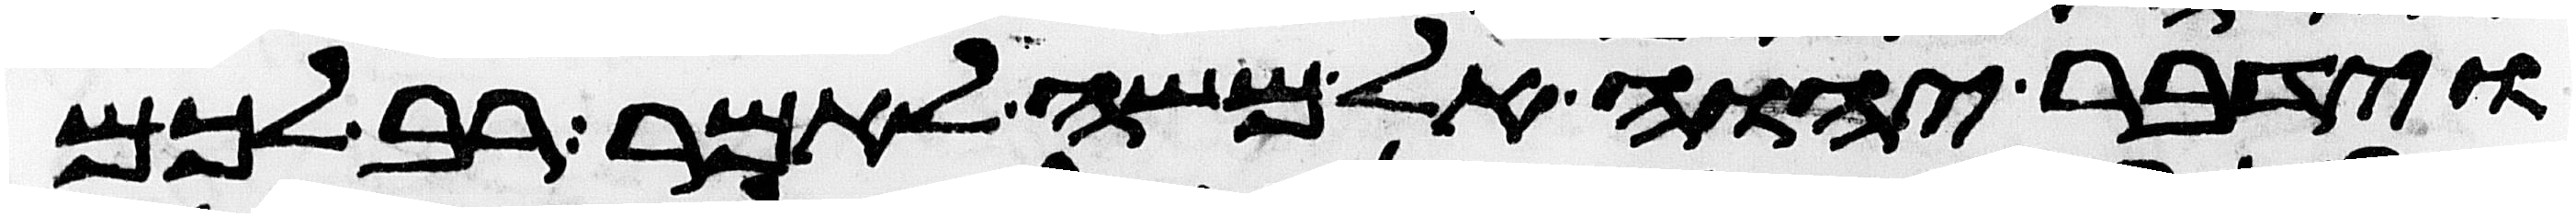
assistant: וידבר יהוה אל משה לאמר רב לכם